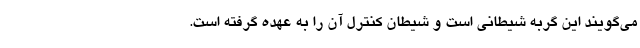
می‌گویند این گربه شیطانی است و شیطان کنترل آن را به عهده گرفته است.